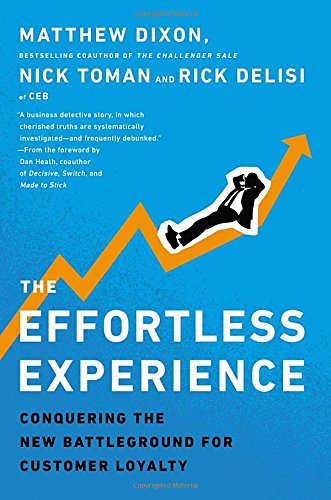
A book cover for The Effortless Experience: Conquering the New Battleground for Customer Loyalty; Matthew Dixon; Business & Money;